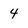
Character: 4